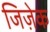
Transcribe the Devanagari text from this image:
जिज़ेक